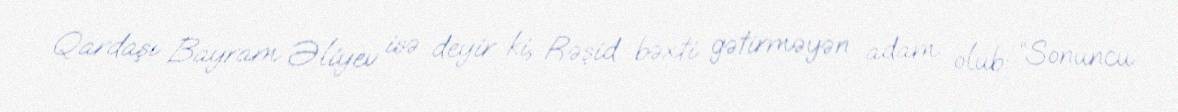
Qardaşı Bayram Əliyev isə deyir ki, Rəşid bəxti gətirməyən adam olub: “Sonuncu